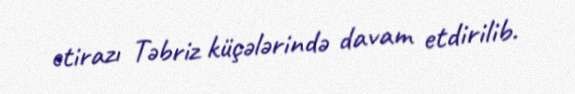
etirazı Təbriz küçələrində davam etdirilib.